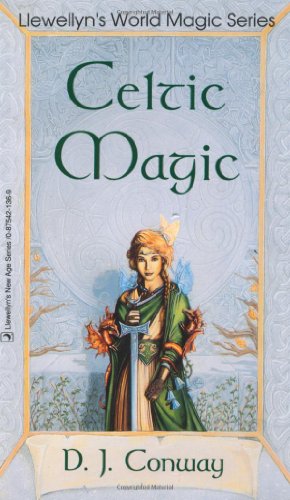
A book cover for Celtic Magic (Llewellyn's World Religion & Magick); D.J. Conway; Religion & Spirituality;